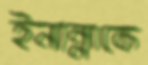
ইনান্নাকে